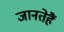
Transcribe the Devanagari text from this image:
जानतेहैं